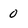
Character: 0